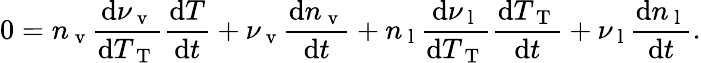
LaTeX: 0=n_{\mathrm{~v~}}\frac{\mathrm{d}\nu_{\mathrm{~v~}}}{\mathrm{d}T_{\mathrm{~T~}}}\frac{\mathrm{d}T}{\mathrm{d}t}+\nu_{\mathrm{~v~}}\frac{\mathrm{d}n_{\mathrm{~v~}}}{\mathrm{d}t}+n_{\mathrm{~l~}}\frac{\mathrm{d}\nu_{\mathrm{~l~}}}{\mathrm{d}T_{\mathrm{~T~}}}\frac{\mathrm{d}T_{\mathrm{~T~}}}{\mathrm{d}t}+\nu_{\mathrm{~l~}}\frac{\mathrm{d}n_{\mathrm{~l~}}}{\mathrm{d}t}.